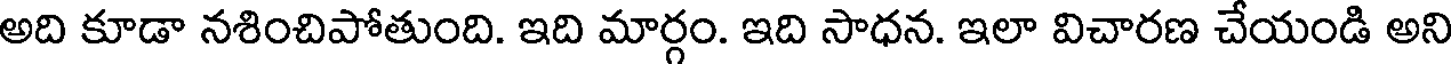
అది కూడా నశించిపోతుంది. ఇది మార్గం. ఇది సాధన. ఇలా విచారణ చేయండి అని